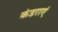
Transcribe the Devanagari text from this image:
कंडराएं